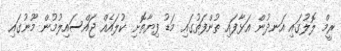
ރީމް ލޮލުގައި އަނދުން އަޅާފައި ތުންފަތުގައި މަޑު ފިޔާތޮށި ކުލައެއް ޖައްސައިލުމުން މޫނުގައި